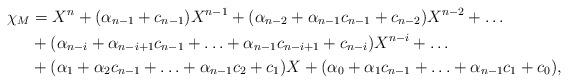
LaTeX: \begin{align*}\chi_M&=X^n+(\alpha_{n-1}+c_{n-1})X^{n-1}+(\alpha_{n-2}+\alpha_{n-1}c_{n-1}+c_{n-2})X^{n-2}+\ldots \\&+(\alpha_{n-i}+\alpha_{n-i+1}c_{n-1}+\ldots+\alpha_{n-1}c_{n-i+1}+c_{n-i})X^{n-i}+\ldots\\&+(\alpha_1+\alpha_2c_{n-1}+\ldots+\alpha_{n-1}c_2+c_1)X+(\alpha_0+\alpha_1c_{n-1}+\ldots+\alpha_{n-1}c_1+c_0),\end{align*}